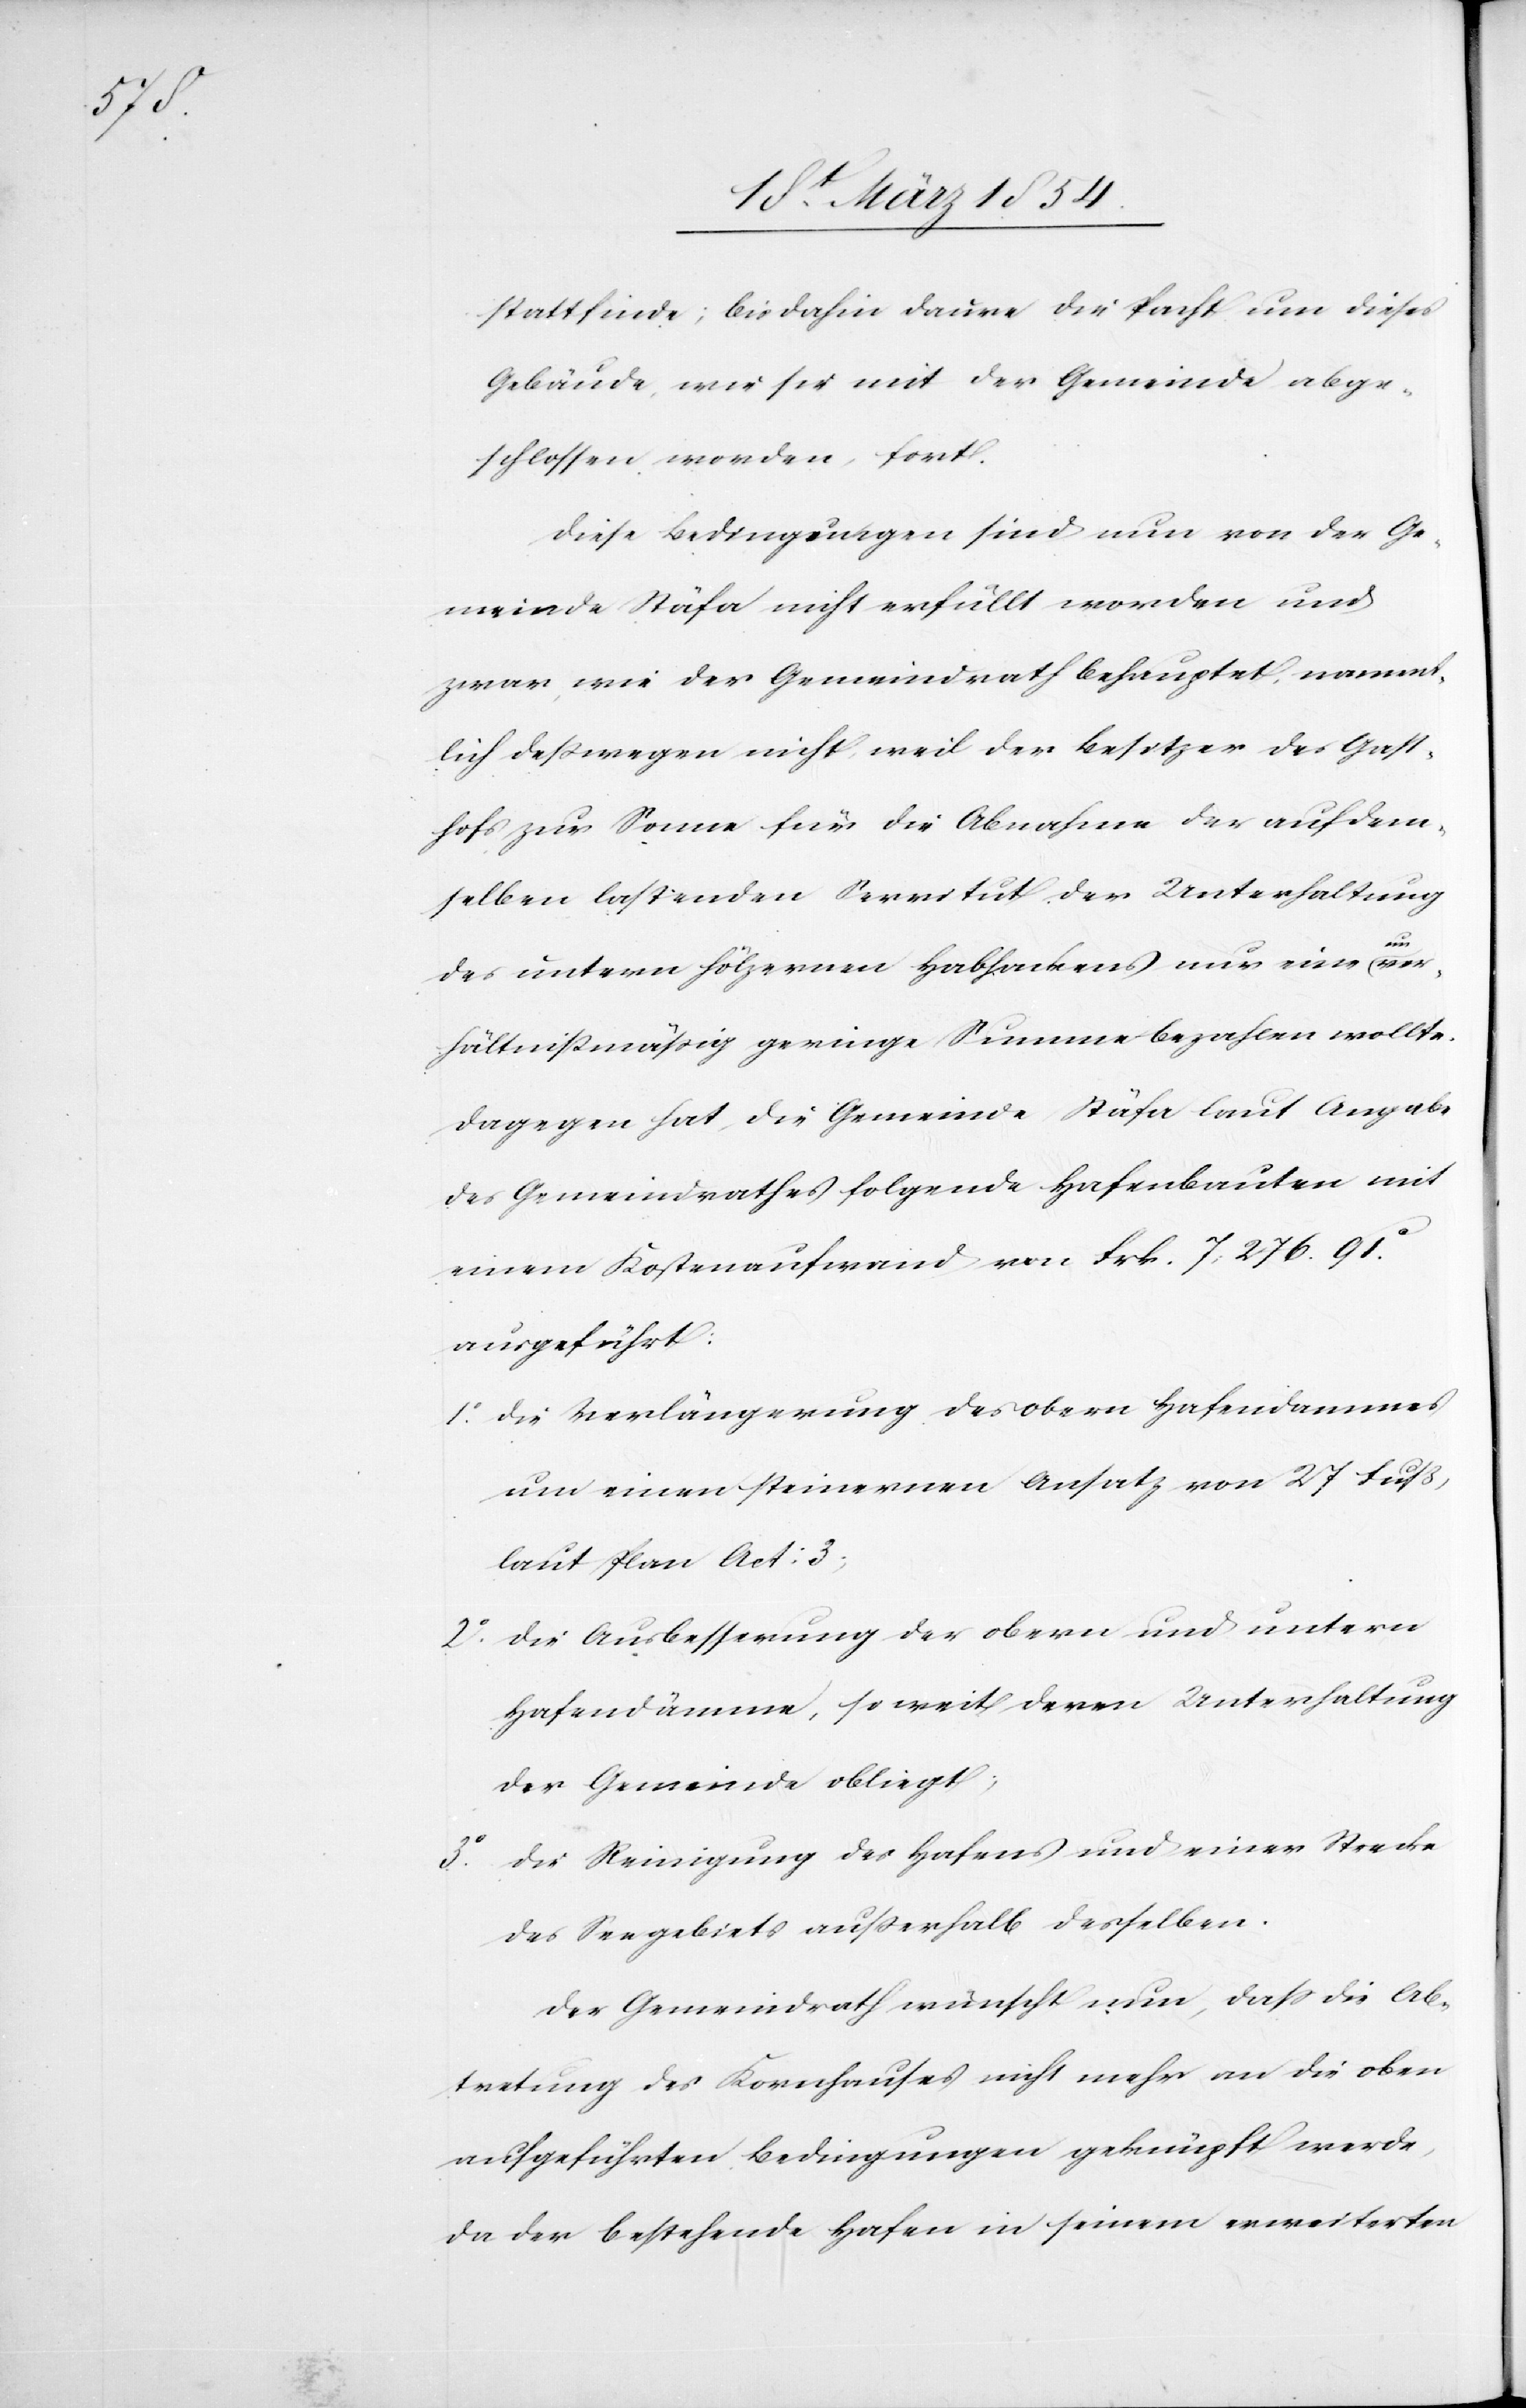
stattfinde; bis dahin daure die Pacht um dieses
Gebäude, wie sie mit der Gemeinde abge¬
schlossen worden, fort.
Diese Bedingungen sind nun von der Ge¬
meinde Stäfa nicht erfüllt worden und
zwar, wie der Gemeindrath behauptet, nament¬
lich deßwegen nicht, weil der Besitzer des Gast¬
hofs zur Sonne für die Abnahme der auf dem¬
selben lastenden Servitut der Unterhaltung
des untern hölzernen Habhackens nur eine a-un-a¬
verhältnißmäßig geringe Summe bezahlen wollte.
Dagegen hat die Gemeinde Stäfa laut Angabe
des Gemeindrathes folgende Hafenbauten mit
einem Kostenaufwand von Frk. 7,276.91c
ausgeführt:
1o Die Verlängerung des obern Hafendammes
um einen steinernen Ansatz von 27 Fuß,
laut Plan Act: 3;
2o Die Ausbesserung der obern und untern
Hafendämme, so weit deren Unterhaltung
der Gemeinde obliegt;
3o Die Reinigung des Hafens und einer Strecke
des Seegebiets außerhalb derselben.
Der Gemeindrath wünscht nun, das die Ab¬
tretung des Kornhauses nicht mehr an die oben
angeführten Bedingungen geknüpft werde,
da der bestehende Hafen in seinem erweiterten